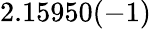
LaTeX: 2.15950(-1)